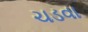
ચડવા